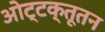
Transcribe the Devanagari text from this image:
ओट्टक्तूतन